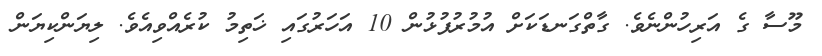
މޫސާ ގެ އަރިހުންނެވެ. ގާތްގަނޑަކަށް އުމުރުފުޅުން 10 އަހަރުގައި ޚަތިމު ކުރެއްވިއެވެ. ލިޔަންކިޔަން